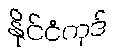
နိုင်ငံကုဒ်